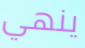
ينهي